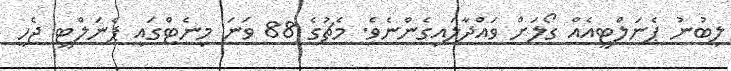
ލިބުނު ޕެނަލްޓީއެއް ގޯލަށް ވައްދާލައިގެންނެވެ. މެޗުގެ 88 ވަނަ މިނެޓްގައި ޕެނަލްޓީ ޖެހީ